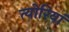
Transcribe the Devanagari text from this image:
त्योरियां